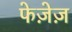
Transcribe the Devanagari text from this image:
फेज़ेज़